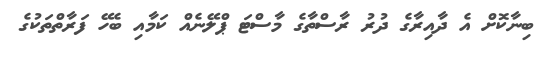
ބިނާކޮށް އެ ދާއިރާގެ ދުރު ރާސްތާގެ މާސްޓަ ޕްލޭނެއް ކަމާއި ބެހޭ ފަރާތްތަކުގެ